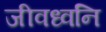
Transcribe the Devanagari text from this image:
जीवध्वनि